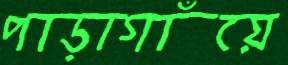
পাড়াগাঁয়ে